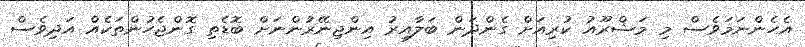
އެހެންނަމަވެސް މި މަޝްރޫއު ކުރިއަށް ގެންދަން ބަލާއިރު އިންޖިނޭރުންނަށް ބޮޑެތި ގޮންޖެހުންތަކެއް އަދިވެސް